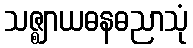
သဇ္ဈာယဓနဓညာသုံ